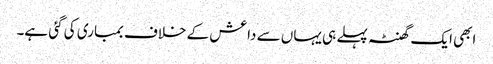
ابھی ایک گھنٹہ پہلے ہی یہاں سے داعش کے خلاف بمباری کی گئی ہے۔